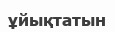
ұйықтатын